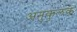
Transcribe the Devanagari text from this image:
अनुकुलक